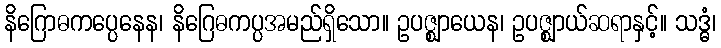
နိဂြောဓကပ္ပေနေန၊ နိဂြေဓကပ္ပအမည်ရှိသော။ ဥပဇ္ဈာယေန၊ ဥပဇ္ဈာယ်ဆရာနှင့်။ သဒ္ဓံ၊